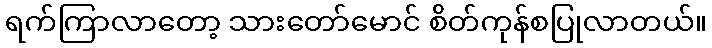
ရက်ကြာလာတော့ သားတော်မောင် စိတ်ကုန်စပြုလာတယ်။